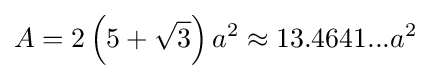
A=2\left(5+{\sqrt {3}}\right)a^{2}\approx 13.4641...a^{2}